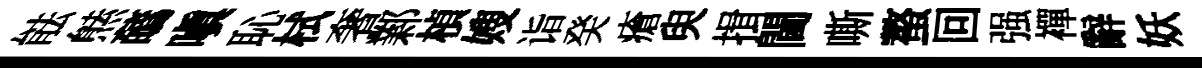
䏻㷱蘤嗔恥栻奢鄴楨嫂诣癸瘡臾揖閫嘶螯回强襌辭妖